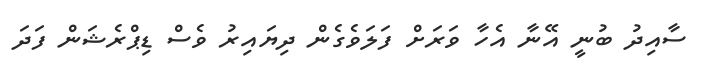
ސާއިދު ބުނީ އޭނާ އެހާ ވަރަށް ފަލަވެގެން ދިޔައިރު ވެސް ޑިޕްރެޝަން ފަދަ